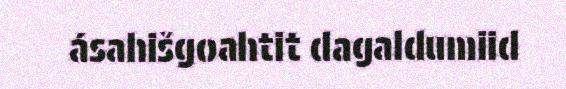
ásahišgoahtit dagaldumiid